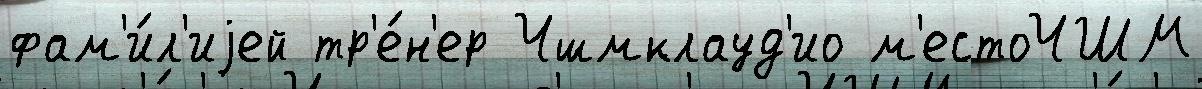
фам'и́л'иjей тр'е́н'ер Чшмклауд'ио м'естоЧШМ